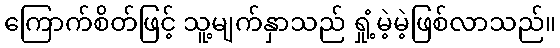
ကြောက်စိတ်ဖြင့် သူ့မျက်နှာသည် ရှုံ့မဲ့မဲ့ဖြစ်လာသည်။